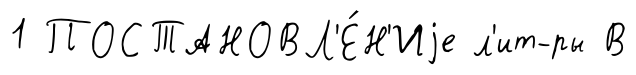
1 ПОСТАНОВЛ'Е́Н'Иjе л'ит-ры В